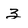
Character: 3